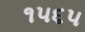
૧૫૬૫